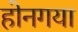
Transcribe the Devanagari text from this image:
होनगया